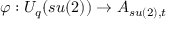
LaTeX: \varphi : U _ { q } ( s u ( 2 ) ) \rightarrow A _ { s u ( 2 ) , t }